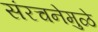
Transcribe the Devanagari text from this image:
संरचनेमुळे